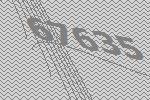
67635